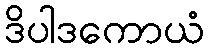
ဒိပါဒကောယံ